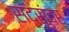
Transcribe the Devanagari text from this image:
सदसुंदर